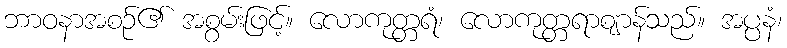
ဘာဝနာအစဉ်၏ အစွမ်းဖြင့်။ လောကုတ္တရံ၊ လောကုတ္တရာဈာန်သည်။ အပ္ပနံ၊